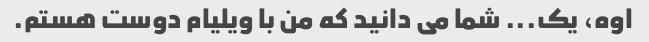
اوه، یک... شما می دانید که من با ویلیام دوست هستم.